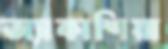
অ্যাকাশিয়া